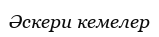
Әскери кемелер